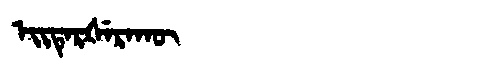
Manchu: ᡝᡳᡨᡝᡵᡧᡝᡵᠠᡴᡡ
Romanization: EITERŠERAKŪ